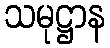
သမုဋ္ဌာန